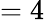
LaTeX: =4